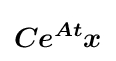
{\displaystyle {\boldsymbol {Ce^{{\boldsymbol {A}}t}{\boldsymbol {x}}}}}